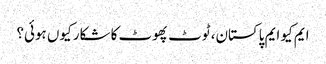
ایم کیو ایم پاکستان، ٹوٹ پھوٹ کا شکار کیوں ہوئی؟